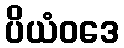
ပိယံဝဒေ